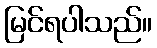
မြင်ရပါသည်။